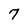
Character: 7